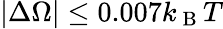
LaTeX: |\Delta\Omega|\le 0.007k_{\mathrm{~B~}}T